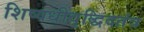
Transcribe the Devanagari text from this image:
शिष्यधीवृद्धिदतंत्र